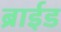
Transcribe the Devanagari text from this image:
ब्राईड